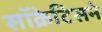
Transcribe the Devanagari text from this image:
सॉक्रेटिसने